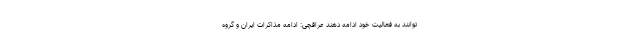
توانند به فعالیت خود ادامه دهند عراقچی: ادامه مذاکرات ایران و گروه